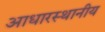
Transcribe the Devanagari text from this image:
आधारस्थानीय